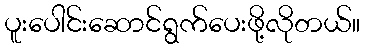
ပူးပေါင်းဆောင်ရွက်ပေးဖို့လိုတယ်။